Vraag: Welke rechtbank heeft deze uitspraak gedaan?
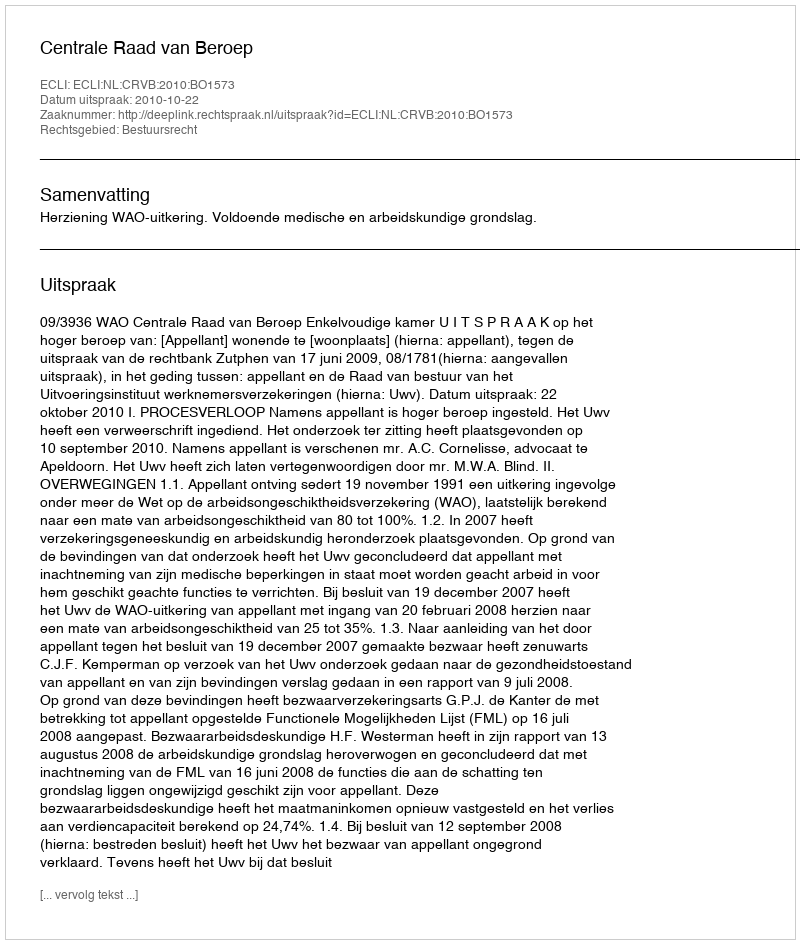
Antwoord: Centrale Raad van Beroep